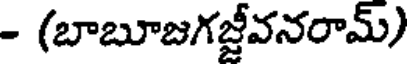
- (బాబూజగజ్జీవనరామ్)